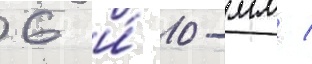
6 и́ 10-мм /